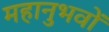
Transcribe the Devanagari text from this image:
महानुभवों